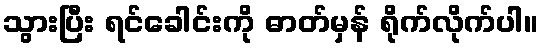
သွားပြီး ရင်ခေါင်းကို ဓာတ်မှန် ရိုက်လိုက်ပါ။